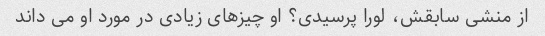
از منشی سابقش، لورا پرسیدی؟ او چیزهای زیادی در مورد او می داند